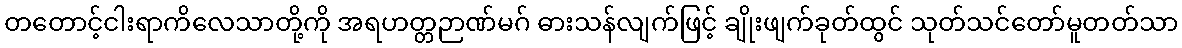
တတောင့်ငါးရာကိလေသာတို့ကို အရဟတ္တဉာဏ်မဂ် ဓားသန်လျက်ဖြင့် ချိုးဖျက်ခုတ်ထွင် သုတ်သင်တော်မူတတ်သာ